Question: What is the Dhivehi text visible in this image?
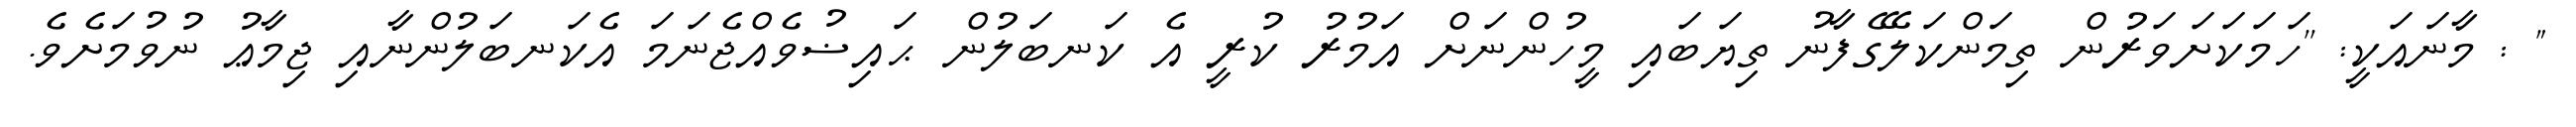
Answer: " : މާނައަކީ: ''ހަމަކަށަވަރުން ތިމަންކަލޭގެފާނު ތިޔަބައި މީހުންނަށް އަމުރު ކުރީ އެ ކަނބަލުން ޙައިޟުވެއްޖެނަމަ އެކަނބަލުންނާއި ޖިމާޢު ނުވުމަށެވެ.